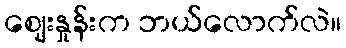
ဈေးနှုန်းက ဘယ်လောက်လဲ။